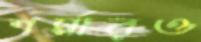
শর্মারও